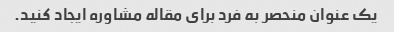
یک عنوان منحصر به فرد برای مقاله مشاوره ایجاد کنید.